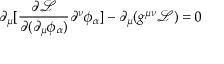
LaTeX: \partial _ { \mu } [ { \frac { \partial { \mathcal { L } } } { \partial ( \partial _ { \mu } \phi _ { \alpha } ) } } \partial ^ { \nu } \phi _ { \alpha } ] - \partial _ { \mu } ( g ^ { \mu \nu } { \mathcal { L } } ) = 0